Leprosy and its control in the Bombay Presidency
Disease focus: Leprosy
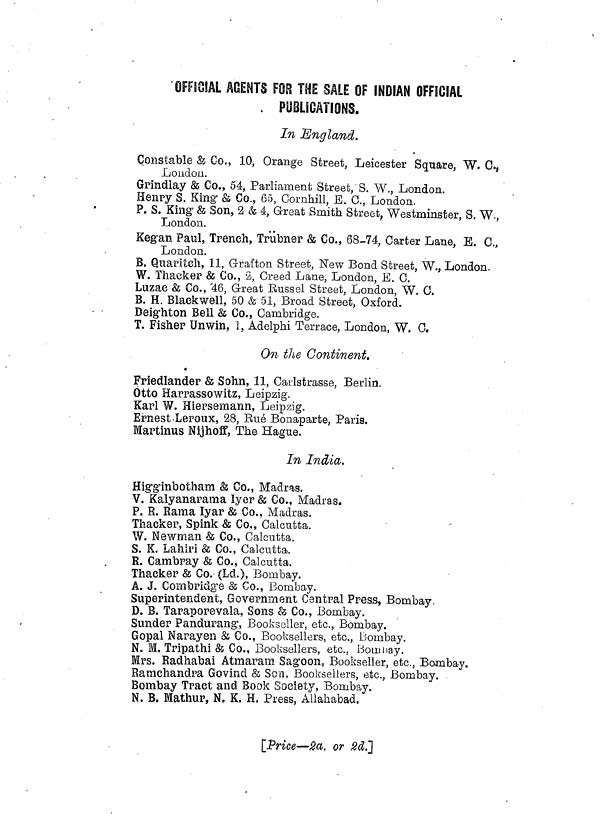
OFFICIAL AGENTS FOR THE SALE OF INDIAN OFFICIAL
PUBLICATIONS.
In England.
Constable & Co., 10, Orange Street, Leicester Square, W. C,
London.
Grindlay & Co., 54, Parliament Street, S. W., London.
Henry S. King & Co., 65, Cornhill, E. 0., London.
P. S. King 1 & Son, 2 & 4, Great Smith Street, Westminster, S. W.,
London.
Regan Paul, Trench, Trübner & Co., 68-74, Carter Lane, E. C,
London.
B. Quanten, 11, Grafton Street, New Bond Street, W., London.
W. Thacker & Co., 2, Greed Lane, London, E. C.
Luzae & Co., 46, Great Rüssel Street, London, W. G.
B. H. Blackwell, 50 & 51, Broad Street, Oxford.
Deighton Bell & Co., Cambridge.
T. Fisher Unwin, I, Adelphi Terrace, London, W. C.
On the Continent.
Friedlander & Sohn, 11, Carlstrasse, Berlin.
Otto Harrassowitz, Leipzig.
Karl W. Hiersemann, Leipzig.
Ernest Leroux, 28, Rué Bonaparte, Paris.
Martinus Nighoff, The Hague.
In India,
Higginbotham & Co., Madras.
V. Kalyanarama Iyer & Co., Madras.
P. R. Rama lyar & Co., Madras.
Thaeker, Spink & Co., Calcutta.
W. Newman & Co., Calcutta.
S. K. Lahiri & Co., Calcutta.
R. Cambray & Co., Calcutta.
Thaeker & Co. (LdL), Bombay.
A. J. Combridge & Co., Bombay.
Superintendent, Government Central Press, Bombay,
D. B. Taraporevala, Sons & Co., Bombay.
Sunder Pandurang, Bookseller, etc., Bombay.
Gopal Narayen & Co., Booksellers, etc., Bombay.
N. M. Tripathi & Co., Booksellers, etc., Bombay.
Mrs. Radhabai Atmaram Sagoon, Bookseller, etc., Bombay.
Ramchandra Govind & Son, Booksellers, etc., Bombay.
Bombay Tract and Book Society, Bombay.
N. B. Mathur, N. K. H, Press, Allahabad.
[Price—2a. or 2d.]